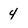
Character: 4